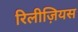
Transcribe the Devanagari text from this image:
रिलीज़ियस